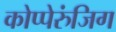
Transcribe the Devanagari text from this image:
कोप्पेरुंजिग